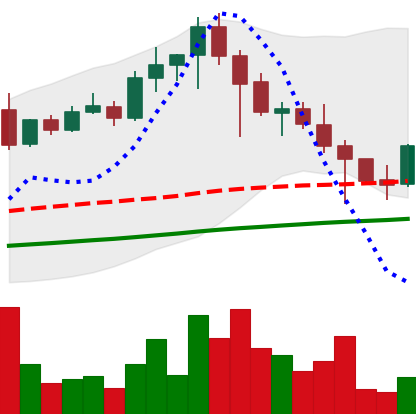
Ticker: EOS-USD
Chart end date: 2021-04-26
Forward return: 12.944%
Label: up_7plus